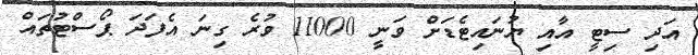
އަދި ސިޓީ އާއި ޔުނައިޓެޑަށް ވަނީ 11000 ވުރެ ގިނަ އެފަދަ ޕޯސްޓުތައް